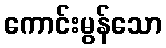
ကောင်းမွန်သော